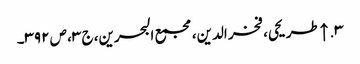
۳. ↑ طریحی، فخر الدین، مجمع البحرین، ج ۳، ص ۳۹۲۔